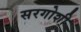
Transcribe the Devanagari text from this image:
सरगोशी